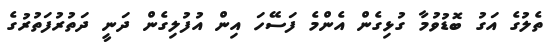
ތެލުގެ އަގު ބޮޑުވުމާ ގުޅިގެން އެންމެ ފަސޭހަ އިން އުފުލިގެން ދަނީ ދަތުރުފަތުރުގެ